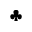
\clubsuit